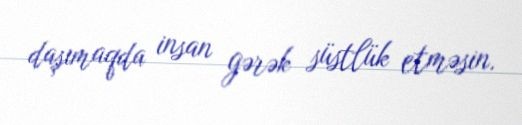
daşımaqda insan gərək süstlük etməsin.